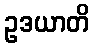
ဥဒယာတိ